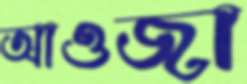
আওজা